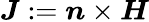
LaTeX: \boldsymbol{J}:=\boldsymbol{n}\times\boldsymbol{H}